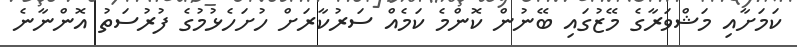
ކަމަށާއި މަޝްވަރާގެ މޭޒުގައި ބޭނުން ކޮންމެ ކަމެއް ސަރުކާރަށް ހުށަހެޅުމުގެ ފުރުސަތު އޮންނާނެ